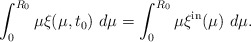
\begin{align*}\int_{0}^{R_{0}}\mu\xi(\mu,t_{0})\ d\mu=\int_{0}^{R_{0}}\mu\xi^{\mathrm{in}}(\mu)\ d\mu.\end{align*}